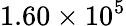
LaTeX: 1.60\times 10^{5}